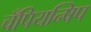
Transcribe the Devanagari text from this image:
चँपियन्षिप